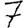
Digit: 7